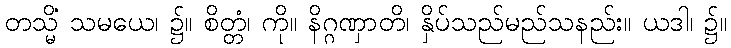
တသ္မိံ သမယေ၊ ၌။ စိတ္တံ၊ ကို။ နိဂ္ဂဏှာတိ၊ နှိပ်သည်မည်သနည်း။ ယဒါ၊ ၌။